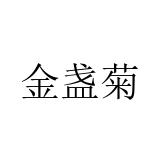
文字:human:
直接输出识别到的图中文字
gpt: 金盏菊